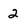
Character: 2